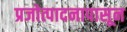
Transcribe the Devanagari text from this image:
प्रजोत्पादनापासून